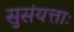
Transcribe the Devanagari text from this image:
सुसंयत्ताः